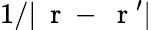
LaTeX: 1/|\mathrm{~\mathbf~r~}-\mathrm{~\mathbf~r~}^{\prime}|